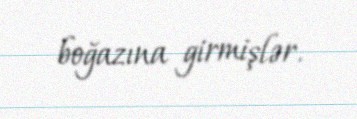
boğazına girmişlər.